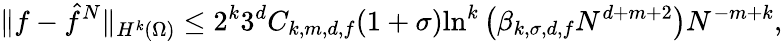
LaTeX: \| f-\hat{f}^{N}\| _{H^{k}(\Omega)}\leq 2^{k}3^{d}C_{k,m,d,f}(1+\sigma)\mathrm{ln}^{k}\left(\beta_{k,\sigma,d,f}N^{d+m+2}\right)N^{-m+k},